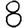
Digit: 8